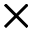
\times